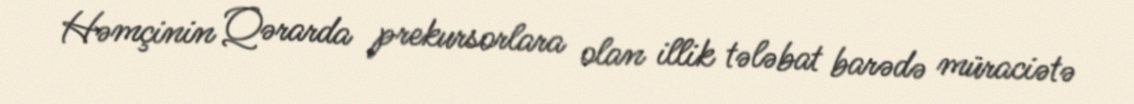
Həmçinin Qərarda prekursorlara olan illik tələbat barədə müraciətə